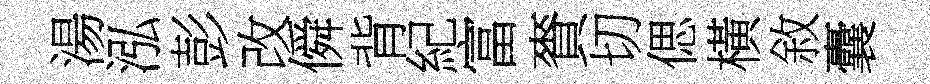
湯泓彭改僢背紀富賚切偲橫敘囊